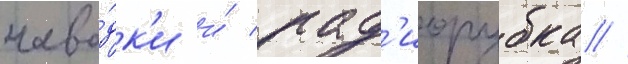
наво́дк'и и́ рад'иорубка //